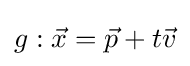
g:{\vec {x}}={\vec {p}}+t{\vec {v}}